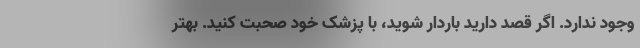
وجود ندارد. اگر قصد دارید باردار شوید، با پزشک خود صحبت کنید. بهتر